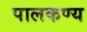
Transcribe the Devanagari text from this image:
पालकण्य